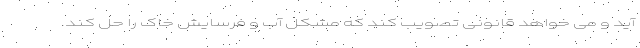
آید و می خواهد قانونی تصویب کند که مشکل آب و فرسایش خاک را حل کند.